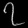
Digit: ၇